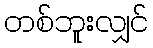
တစ်ဘူးလျှင်